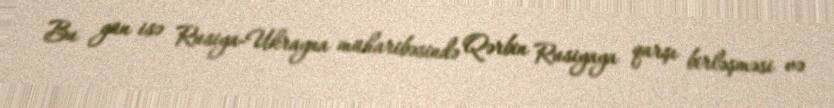
Bu gün isə Rusiya-Ukrayna müharibəsində Qərbin Rusiyaya qarşı birləşməsi və